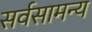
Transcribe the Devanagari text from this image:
सर्वसामन्य